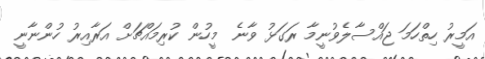
އަމީރު ހިތްހަމަ ޖައްސާލެވުނީމާ ރަގަޅު ވާނެ  މީހުން ކުރިމައްޗަށް އަރާއިރު ހުންނާނީ